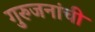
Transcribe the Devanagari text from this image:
गुरुजनांची